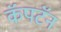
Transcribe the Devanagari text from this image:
कॅपटॅन